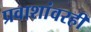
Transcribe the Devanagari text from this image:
प्रवाशांवरही